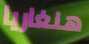
هنغاريا